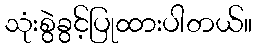
သုံးစွဲခွင့်ပြုထားပါတယ်။